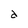
Character: d